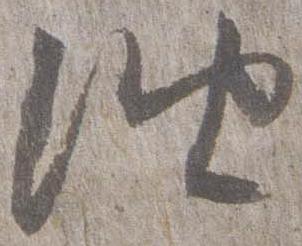
油